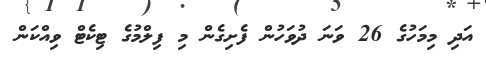
އަދި މިމަހުގެ 26 ވަނަ ދުވަހުން ފެށިގެން މި ފިލްމުގެ ޓިކެޓް ވިއްކަން